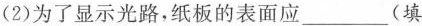
(2)为了显示光路，纸板的表面应____(填